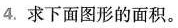
4.求下面图形的面积。